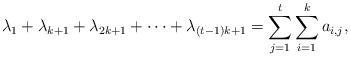
LaTeX: \begin{align*}\lambda_1+\lambda_{k+1}+\lambda_{2k+1}+\cdots+\lambda_{(t-1)k+1}=\sum\limits_{j=1}^{t}\sum\limits_{i=1}^ka_{i,j},\end{align*}